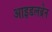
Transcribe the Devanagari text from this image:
आइडलब्रेन